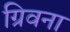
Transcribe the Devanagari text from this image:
ग्रिवना